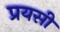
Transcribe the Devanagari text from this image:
प्रयसी